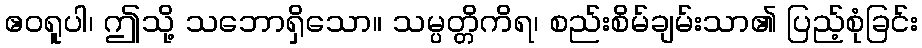
ဧဝရူပါ၊ ဤသို့ သဘောရှိသော။ သမ္ပတ္တိကိရ၊ စည်းစိမ်ချမ်းသာ၏ ပြည့်စုံခြင်း